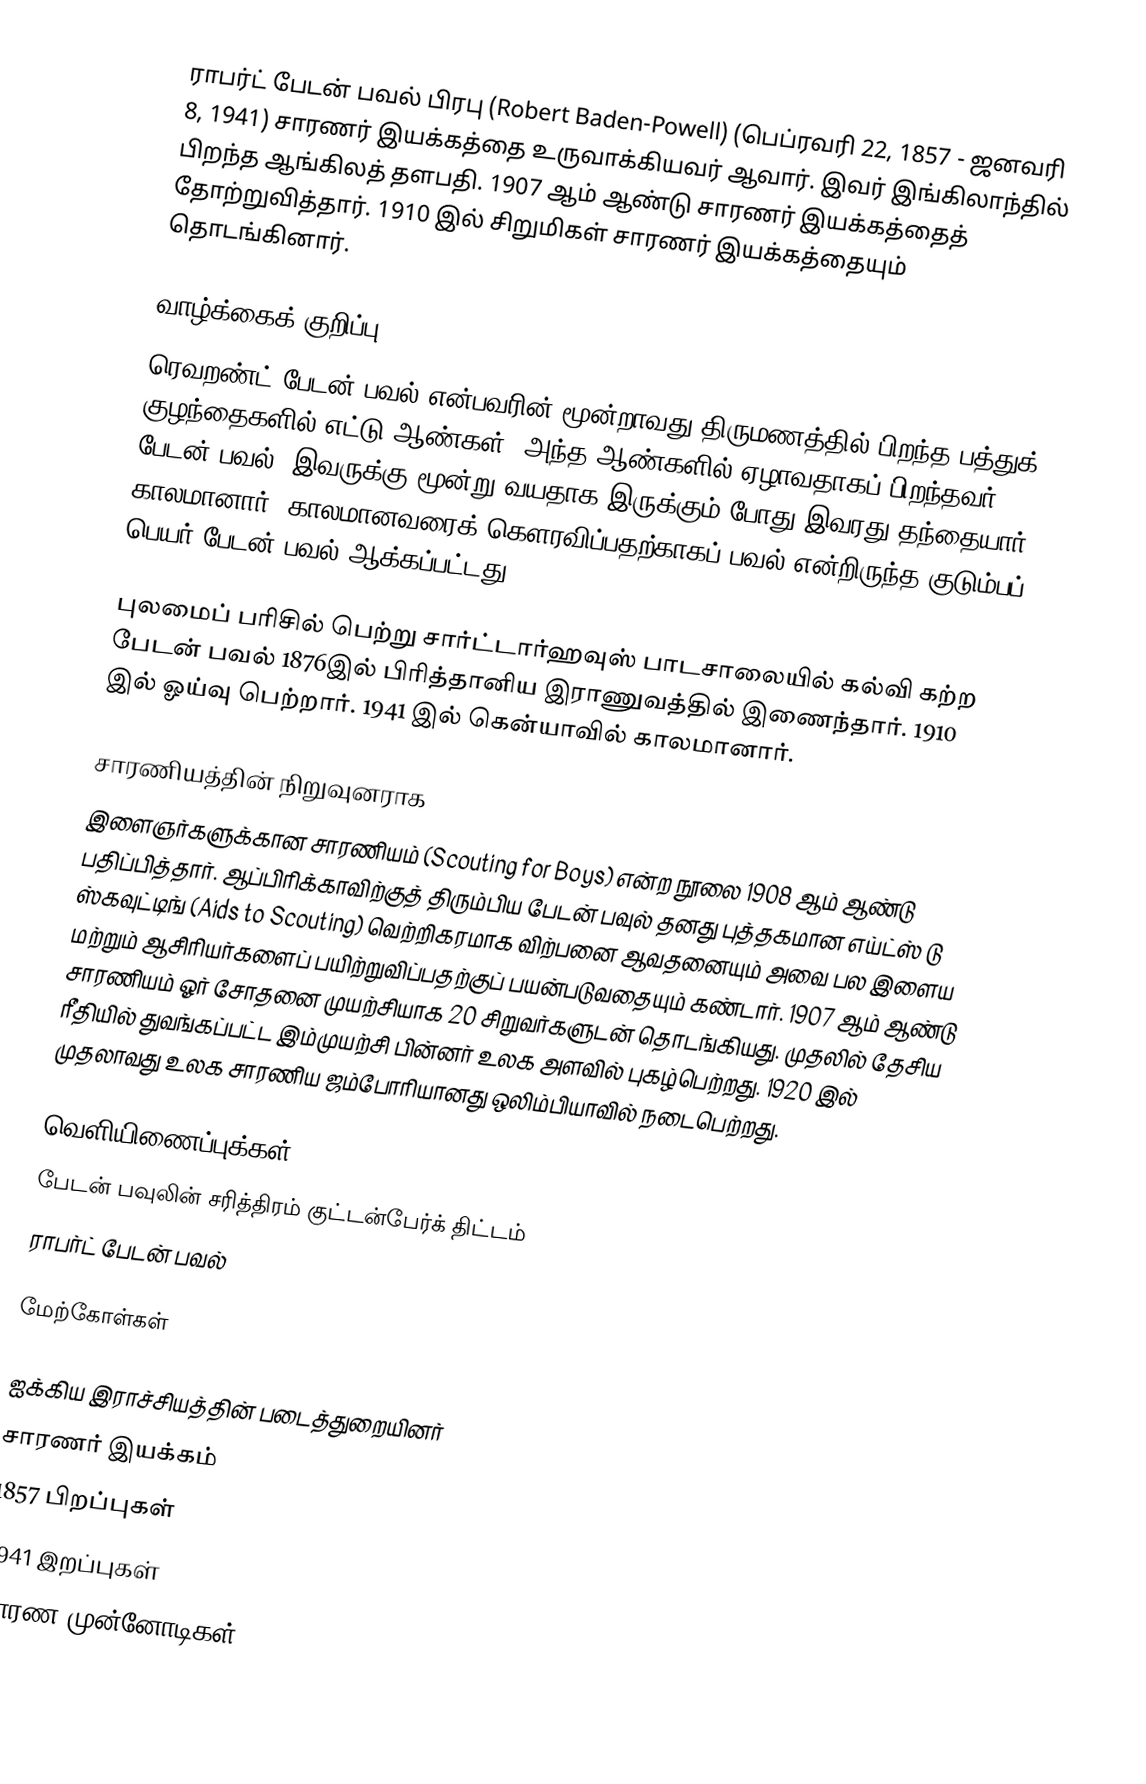
ராபர்ட் பேடன் பவல் பிரபு (Robert Baden-Powell) (பெப்ரவரி 22, 1857 - ஜனவரி 8, 1941) சாரணர் இயக்கத்தை உருவாக்கியவர் ஆவார். இவர் இங்கிலாந்தில் பிறந்த ஆங்கிலத் தளபதி. 1907 ஆம் ஆண்டு சாரணர் இயக்கத்தைத் தோற்றுவித்தார். 1910 இல் சிறுமிகள் சாரணர் இயக்கத்தையும் தொடங்கினார்.

வாழ்க்கைக் குறிப்பு
ரெவறண்ட் பேடன் பவல் என்பவரின் மூன்றாவது திருமணத்தில் பிறந்த பத்துக் குழந்தைகளில் எட்டு ஆண்கள். அந்த ஆண்களில் ஏழாவதாகப் பிறந்தவர் பேடன் பவல். இவருக்கு மூன்று வயதாக இருக்கும் போது இவரது தந்தையார் காலமானார். காலமானவரைக் கௌரவிப்பதற்காகப் பவல் என்றிருந்த குடும்பப் பெயர் பேடன் பவல் ஆக்கப்பட்டது.

புலமைப் பரிசில் பெற்று சார்ட்டார்ஹவுஸ் பாடசாலையில் கல்வி கற்ற பேடன் பவல் 1876இல் பிரித்தானிய இராணுவத்தில் இணைந்தார். 1910 இல் ஓய்வு பெற்றார். 1941 இல் கென்யாவில் காலமானார்.

சாரணியத்தின் நிறுவுனராக
இளைஞர்களுக்கான சாரணியம் (Scouting for Boys) என்ற நூலை 1908 ஆம் ஆண்டு பதிப்பித்தார். ஆப்பிரிக்காவிற்குத் திரும்பிய பேடன் பவுல் தனது புத்தகமான எய்ட்ஸ் டு ஸ்கவுட்டிங் (Aids to Scouting) வெற்றிகரமாக விற்பனை ஆவதனையும் அவை பல இளைய மற்றும் ஆசிரியர்களைப் பயிற்றுவிப்பதற்குப் பயன்படுவதையும் கண்டார். 1907 ஆம் ஆண்டு சாரணியம் ஓர் சோதனை முயற்சியாக 20 சிறுவர்களுடன் தொடங்கியது. முதலில் தேசிய ரீதியில் துவங்கப்பட்ட இம்முயற்சி பின்னர் உலக அளவில் புகழ்பெற்றது. 1920 இல் முதலாவது உலக சாரணிய ஜம்போரியானது ஒலிம்பியாவில் நடைபெற்றது.

வெளியிணைப்புக்கள்
   பேடன் பவுலின் சரித்திரம் குட்டன்பேர்க் திட்டம்
 ராபர்ட் பேடன் பவல்

மேற்கோள்கள்

ஐக்கிய இராச்சியத்தின் படைத்துறையினர்
சாரணர் இயக்கம்
1857 பிறப்புகள்
1941 இறப்புகள்
சாரண முன்னோடிகள்